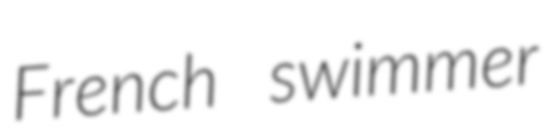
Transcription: French swimmer